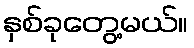
နှစ်ခုတွေ့မယ်။